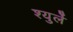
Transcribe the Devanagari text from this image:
श्युर्ले